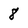
Character: 8